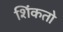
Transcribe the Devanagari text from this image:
शिंकतो